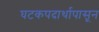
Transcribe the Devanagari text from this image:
घटकपदार्थापासून